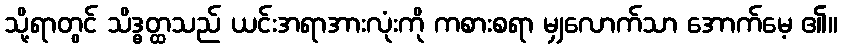
သို့ရာတွင် သိဒ္ဓတ္ထသည် ယင်းအရာအားလုံးကို ကစားစရာ မျှလောက်သာ အောက်မေ့ ၏။